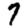
Digit: 7